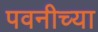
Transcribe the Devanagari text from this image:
पवनीच्या